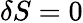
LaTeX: \delta S=0